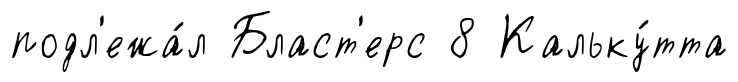
подл'ежа́л Бласт'ерс 8 Кальку́тта